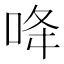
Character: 𠲓